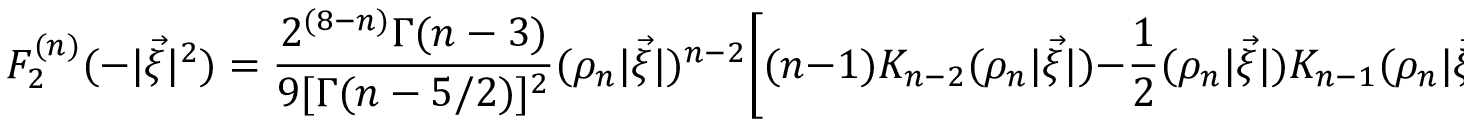
{ \cal F } _ { 2 } ^ { ( n ) } ( - | \vec { \xi } | ^ { 2 } ) = \frac { 2 ^ { ( 8 - n ) } \Gamma ( n - 3 ) } { 9 [ \Gamma ( n - 5 / 2 ) ] ^ { 2 } } ( \rho _ { n } | \vec { \xi } | ) ^ { n - 2 } \bigg [ ( n - 1 ) K _ { n - 2 } ( \rho _ { n } | \vec { \xi } | ) - { \frac { 1 } { 2 } } ( \rho _ { n } | \vec { \xi } | ) K _ { n - 1 } ( \rho _ { n } | \vec { \xi } | ) \bigg ] ~ .